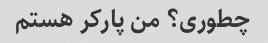
چطوری؟ من پارکر هستم